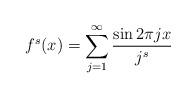
LaTeX: \begin{align*} f^s (x)= \sum_{j=1}^\infty \frac{\sin 2\pi jx}{j^s} \end{align*}